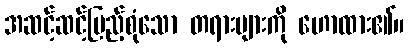
အဆင့်ဆင့်ပြည့်စုံသော တရားများကို ဟောထား၏။